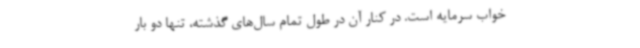
خواب سرمایه است. در کنار آن در طول تمام سال‌های گذشته، تنها دو بار